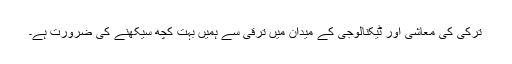
ترکی کی معاشی اور ٹیکنالوجی کے میدان میں ترقی سے ہمیں بہت کچھ سیکھنے کی ضرورت ہے۔